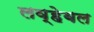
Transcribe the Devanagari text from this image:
लव्हेबल